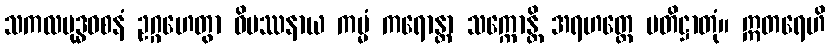
သကလဗုဒ္ဓဝစနံ ဥဂ္ဂဟေတွာ ဝိပဿနာယ ကမ္မံ ကရောန္တာ သက္ကောန္တိ အရဟတ္တေ ပတိဋ္ဌာတုံ။ ဣတရေဟိ